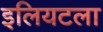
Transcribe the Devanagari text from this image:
इलियटला